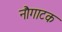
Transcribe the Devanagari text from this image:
नौगाटक